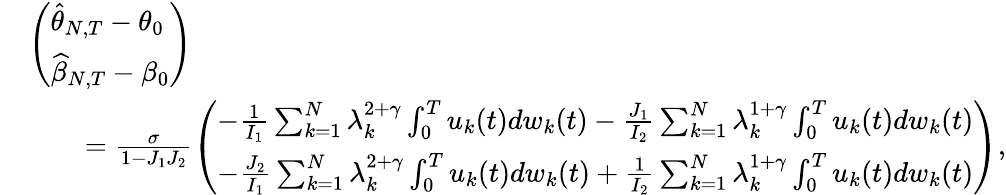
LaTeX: \begin{array}{rl}&{\left(\begin{array}{l}{\widehat{\theta}_{N,T}-\theta_{0}}\\ {\widehat{\beta}_{N,T}-\beta_{0}}\end{array}\right)}\\ &{\quad\quad=\frac{\sigma}{1-J_{1}J_{2}}\left(\begin{array}{l}{-\frac{1}{I_{1}}\sum_{k=1}^{N}\lambda_{k}^{2+\gamma}\int_{0}^{T}u_{k}(t)dw_{k}(t)-\frac{J_{1}}{I_{2}}\sum_{k=1}^{N}\lambda_{k}^{1+\gamma}\int_{0}^{T}u_{k}(t)dw_{k}(t)}\\ {-\frac{J_{2}}{I_{1}}\sum_{k=1}^{N}\lambda_{k}^{2+\gamma}\int_{0}^{T}u_{k}(t)dw_{k}(t)+\frac{1}{I_{2}}\sum_{k=1}^{N}\lambda_{k}^{1+\gamma}\int_{0}^{T}u_{k}(t)dw_{k}(t)}\end{array}\right),}\end{array}